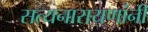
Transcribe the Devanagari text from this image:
सत्यनारायणांनी